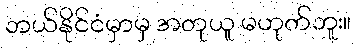
ဘယ်နိုင်ငံမှာမှ အတုယူ မဟုတ်ဘူး။